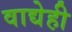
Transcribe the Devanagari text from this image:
वाद्येही